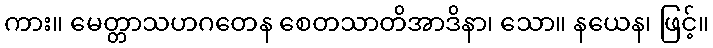
ကား။ မေတ္တာသဟဂတေန စေတသာတိအာဒိနာ၊ သော။ နယေန၊ ဖြင့်။